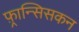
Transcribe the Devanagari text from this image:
फ़्रान्सिसकन